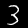
Digit: 3